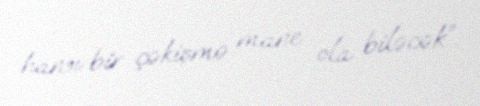
hansı bir çəkişmə mane ola biləcək”.